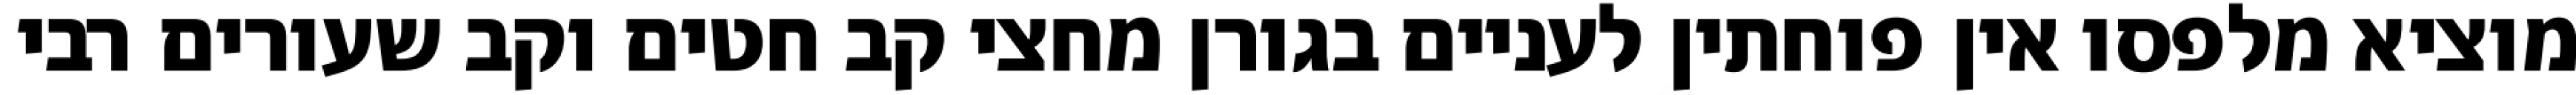
מוציא מלפסו אין פוחתין לעניים בגורן מחצי קב חטים וקב שעורים רבי